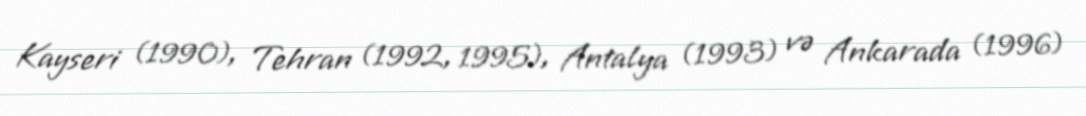
Kayseri (1990), Tehran (1992, 1995), Antalya (1993) və Ankarada (1996)